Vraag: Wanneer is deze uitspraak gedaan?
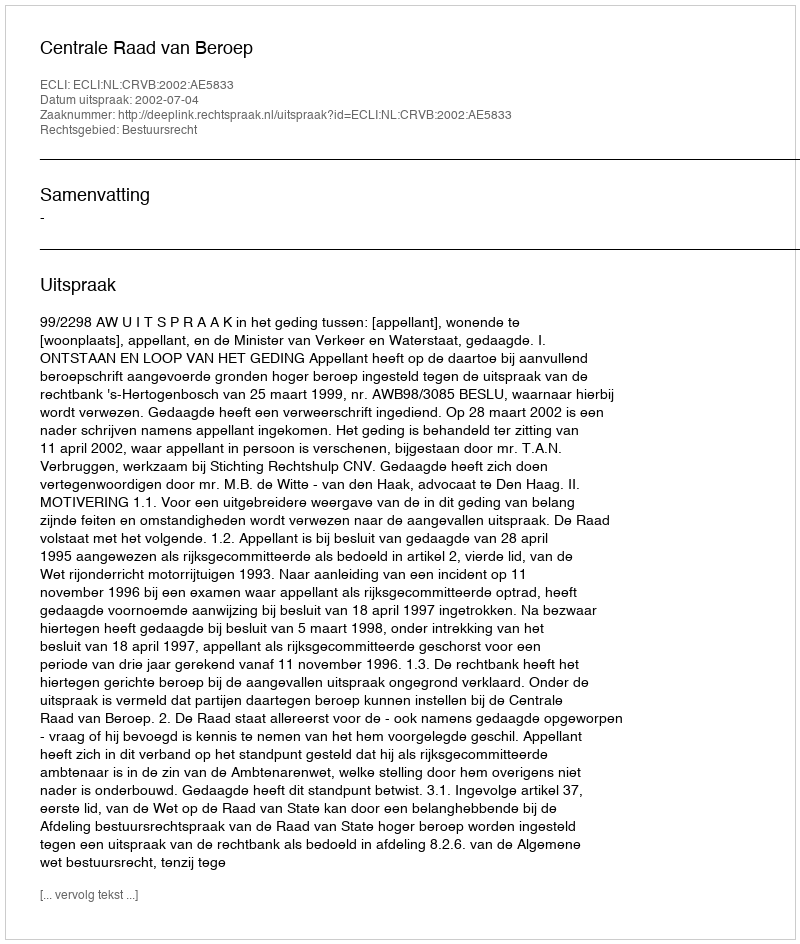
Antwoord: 2002-07-04